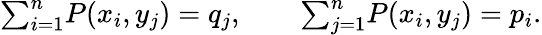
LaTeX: \begin{array}{r}{{\sum}_{i=1}^{n}P(x_{i},y_{j})=q_{j},\qquad{\sum}_{j=1}^{n}P(x_{i},y_{j})=p_{i}.}\end{array}